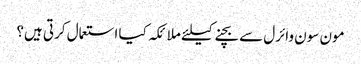
مون سون وائرل سے بچنےکیلئے ملائکہ کیا استعمال کرتی ہیں؟